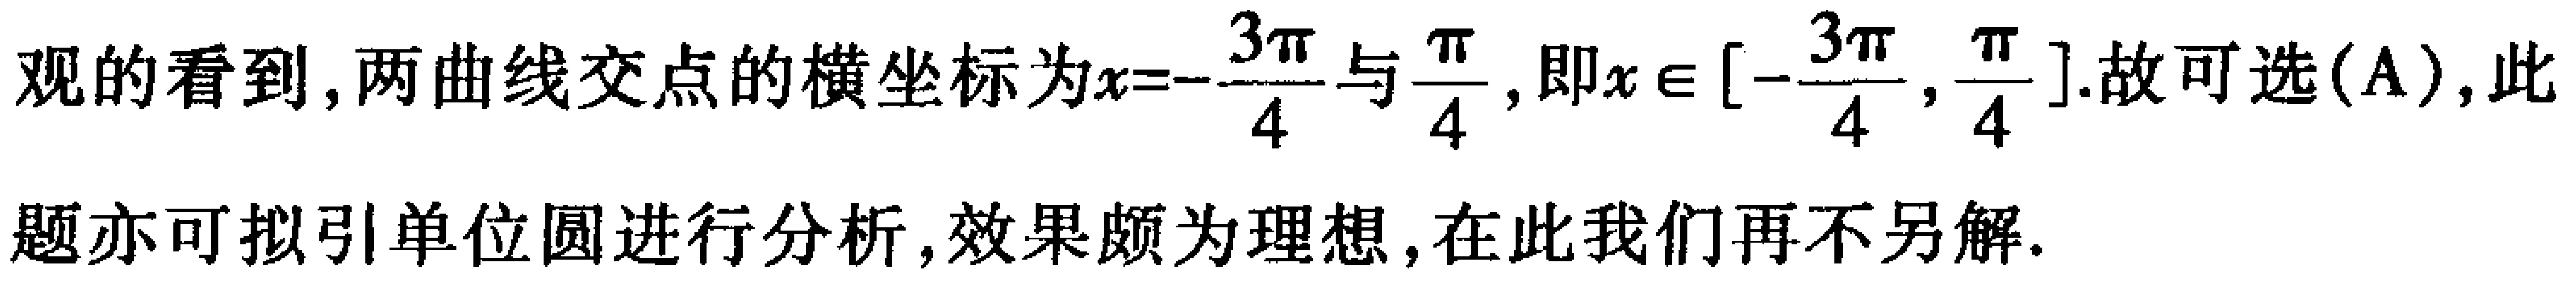
观的看到, 两曲线交点的横坐标为$x = -\frac{3\pi}{4}$与$\frac{\pi}{4}$, 即$x\in[-\frac{3\pi}{4},\frac{\pi}{4}]$. 故可选(A), 此题亦可拟引单位圆进行分析, 效果颇为理想, 在此我们再不另解.